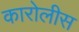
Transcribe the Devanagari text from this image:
कारोलीस